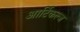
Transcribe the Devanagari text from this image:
आर्टिकल्ज